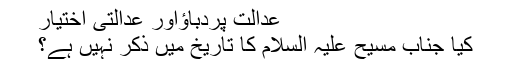
عدالت پردباؤاور عدالتی اختیار
کیا جناب مسیح علیہ السلام کا تاریخ میں ذکر نہیں ہے؟